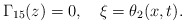
\begin{align*}\Gamma_{15}(z)=0,\ \ \ \xi=\theta_{2}(x,t). \end{align*}